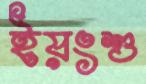
ইয়ংশু